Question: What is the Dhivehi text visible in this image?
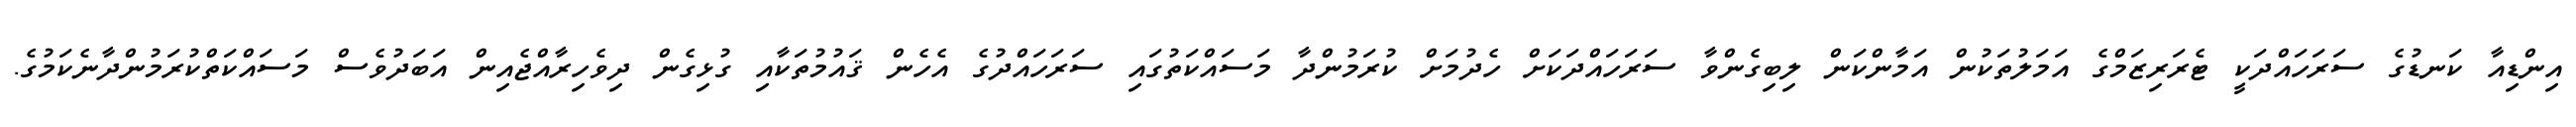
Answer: އިންޑިއާ ކަނޑުގެ ސަރަހައްދަކީ ޓެރަރިޒަމްގެ އަމަލުތަކުން އަމާންކަން ލިބިގެންވާ ސަރަހައްދަކަށް ހެދުމަށް ކުރަމުންދާ މަސައްކަތުގައި ސަރަހައްދުގެ އެހެން ޤައުމުތަކާއި ގުޅިގެން ދިވެހިރާއްޖެއިން އަބަދުވެސް މަސައްކަތްކުރަމުންދާނެކަމުގެ.